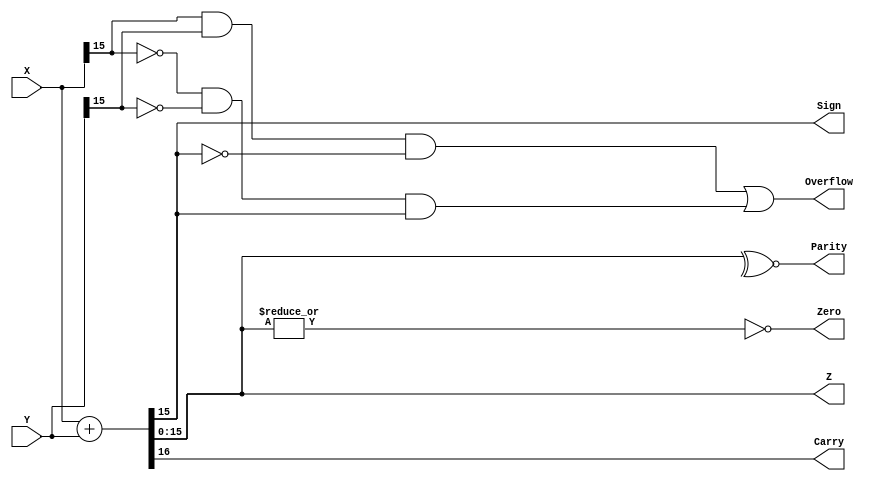
// RTL Behavioral code for 16-bit Adder with sign flags
// Design Engineer: Mohammad Khalique Khan

module adder (X, Y, Z, Sign, Zero, Carry, Parity, Overflow);

	input [15:0] X, Y;
	output [15:0] Z;
	output Sign, Zero, Carry, Parity, Overflow;
	
	assign {Carry, Z} = X + Y; // 16-bit additon
	
	assign Sign = Z[15];
	assign Zero = ~|Z;
	assign Parity = ~^Z;
	assign Overflow = (X[15] & Y[15] & ~Z[15]) | (~X[15] & ~Y[15] & Z[15]);
	
endmodule